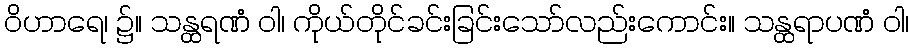
ဝိဟာရေ၊ ၌။ သန္ထရဏံ ဝါ၊ ကိုယ်တိုင်ခင်းခြင်းသော်လည်းကောင်း။ သန္ထရာပဏံ ဝါ၊